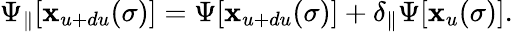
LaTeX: \Psi_{\parallel}[\mathbf{x}_{u+du}(\sigma)]=\Psi[\mathbf{x}_{u+du}(\sigma)]+\delta_{\parallel}\Psi[\mathbf{x}_{u}(\sigma)].